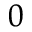
_ 0